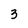
Character: 3